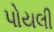
પોયલી